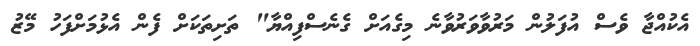
އެކުއްޖާ ވެސް އުފަލުން މަރުވާވަރުވާނެ މިގެއަށް ގެނެސްފިއްޔާ" ތަށިތަކަށް ފެން އެޅުމަށްފަހު މޭޒު